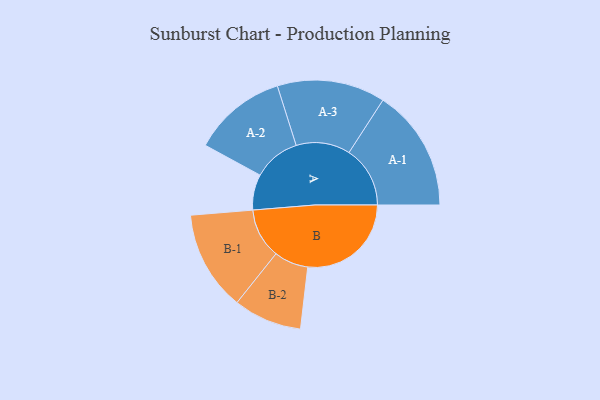
{"axis": {"x": "Segment", "y": "Value"}, "legend": ["", "A", "B"], "data": [{"x": "A", "y": 131, "type": ""}, {"x": "B", "y": 381, "type": ""}, {"x": "A-1", "y": 225, "type": "A"}, {"x": "A-2", "y": 173, "type": "A"}, {"x": "A-3", "y": 199, "type": "A"}, {"x": "B-1", "y": 184, "type": "B"}, {"x": "B-2", "y": 126, "type": "B"}]}